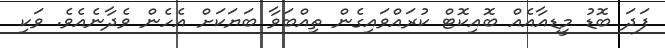
ފަދަ ބޮޑު މީޑިއާއެއް ބޮއިކޮޓް ކުރައްވައިގެން ތިއްބަވާ ބަޔަކަށް އެހެން ވެދާނެއެވެ. ވަކި